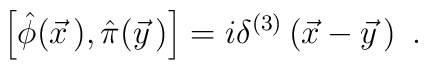
\left[\hat{\phi}(\vec{x}\,),\hat{\pi}(\vec{y}\,)\right]=i\delta^{(3)}\left(\vec{x}-\vec{y}\,\right)\ .